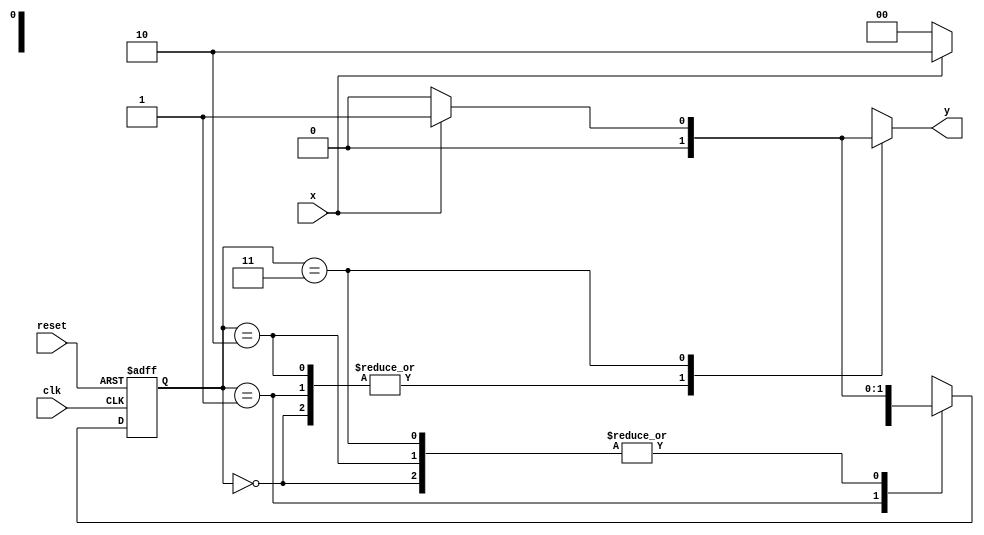
// --Nome: Guilherme Moreira Nunes
// --Matricula: 408947
// -------------------- 
// --- Mealy-Moore FSM 
// -------------------- 
// 
`define found    1
`define notfound 0

module Mealy( y, x, clk, reset );
 output y;
 input  x;
 input  clk;
 input  reset;

 reg    y;

 parameter         // state identifiers 
   start  = 2'b00,
   id1    = 2'b01,
   id11   = 2'b10,
   id110  = 2'b11;

   reg [1:0] E1;	// current state variables
   reg [1:0] E2;	// next state logic output

// next state logic
   always @( x or E1 )
    begin
     y = `notfound;
     case ( E1 )
      start:
        if ( x )
         E2 = id1;
        else
         E2 = start;
      id1:
        if ( x )
         E2 = id11;
        else
         E2 = start;
      id11:
        if ( x )
         E2 = id1;
        else
         E2 = start;
      id110:
        if ( x )
	 begin
	   E2 =  id1;
	   y  = `found;
	 end
	else
	 begin
	   E2 =  start;
	   y  = `notfound;
	 end
      default:   // undefined state
           E2 =  2'bxx;
     endcase
    end // always at signal or state changing

// state variables
   always @( posedge clk or negedge reset )
    begin
     if ( reset )
      E1 = E2;    // updates current state
     else
      E1 = 0;     // reset
    end // always at signal changing

endmodule//module Mealy

module Exemplo0052; 
reg clk, reset, x; 
wire m1;
 
Mealy mealy ( m1, x, clk, reset ); 

initial 
begin 
$display ( "Guia 07 - Guilherme Moreira Nunes - 408947" );
$display ( "Time   X   Mealy" ); 

// initial values 
clk = 1; 
reset = 1; 
x = 0; 

// input signal changing 
#5 reset = 1;
#10 x = 1; 
#10 x = 0; 
#10 x = 1; 
#10 x = 0; 
#10 x = 1;  
#10 $finish; 
end // initial
 
always 
#5 clk = ~clk; 

always @( posedge clk ) 
begin 
$display ( "%4d %4b %4b ", $time, x, m1); 
end // always at positive edge clocking changing 
endmodule // Exemplo0052
/*
  Guia 07 - Guilherme Moreira Nunes - 408947
    Time X Mealy
      10    0    0 
      20    1    0 
      30    0    0 
      40    1    0 
      50    0    0 
      60    1    0 
*/